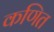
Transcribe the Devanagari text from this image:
कणित